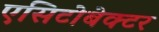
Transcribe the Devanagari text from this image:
एसिटोबेक्टर